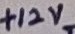
Text: X3:8